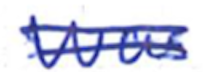
Text: was
Cross-out: double-line
Writing tool: ballpoint